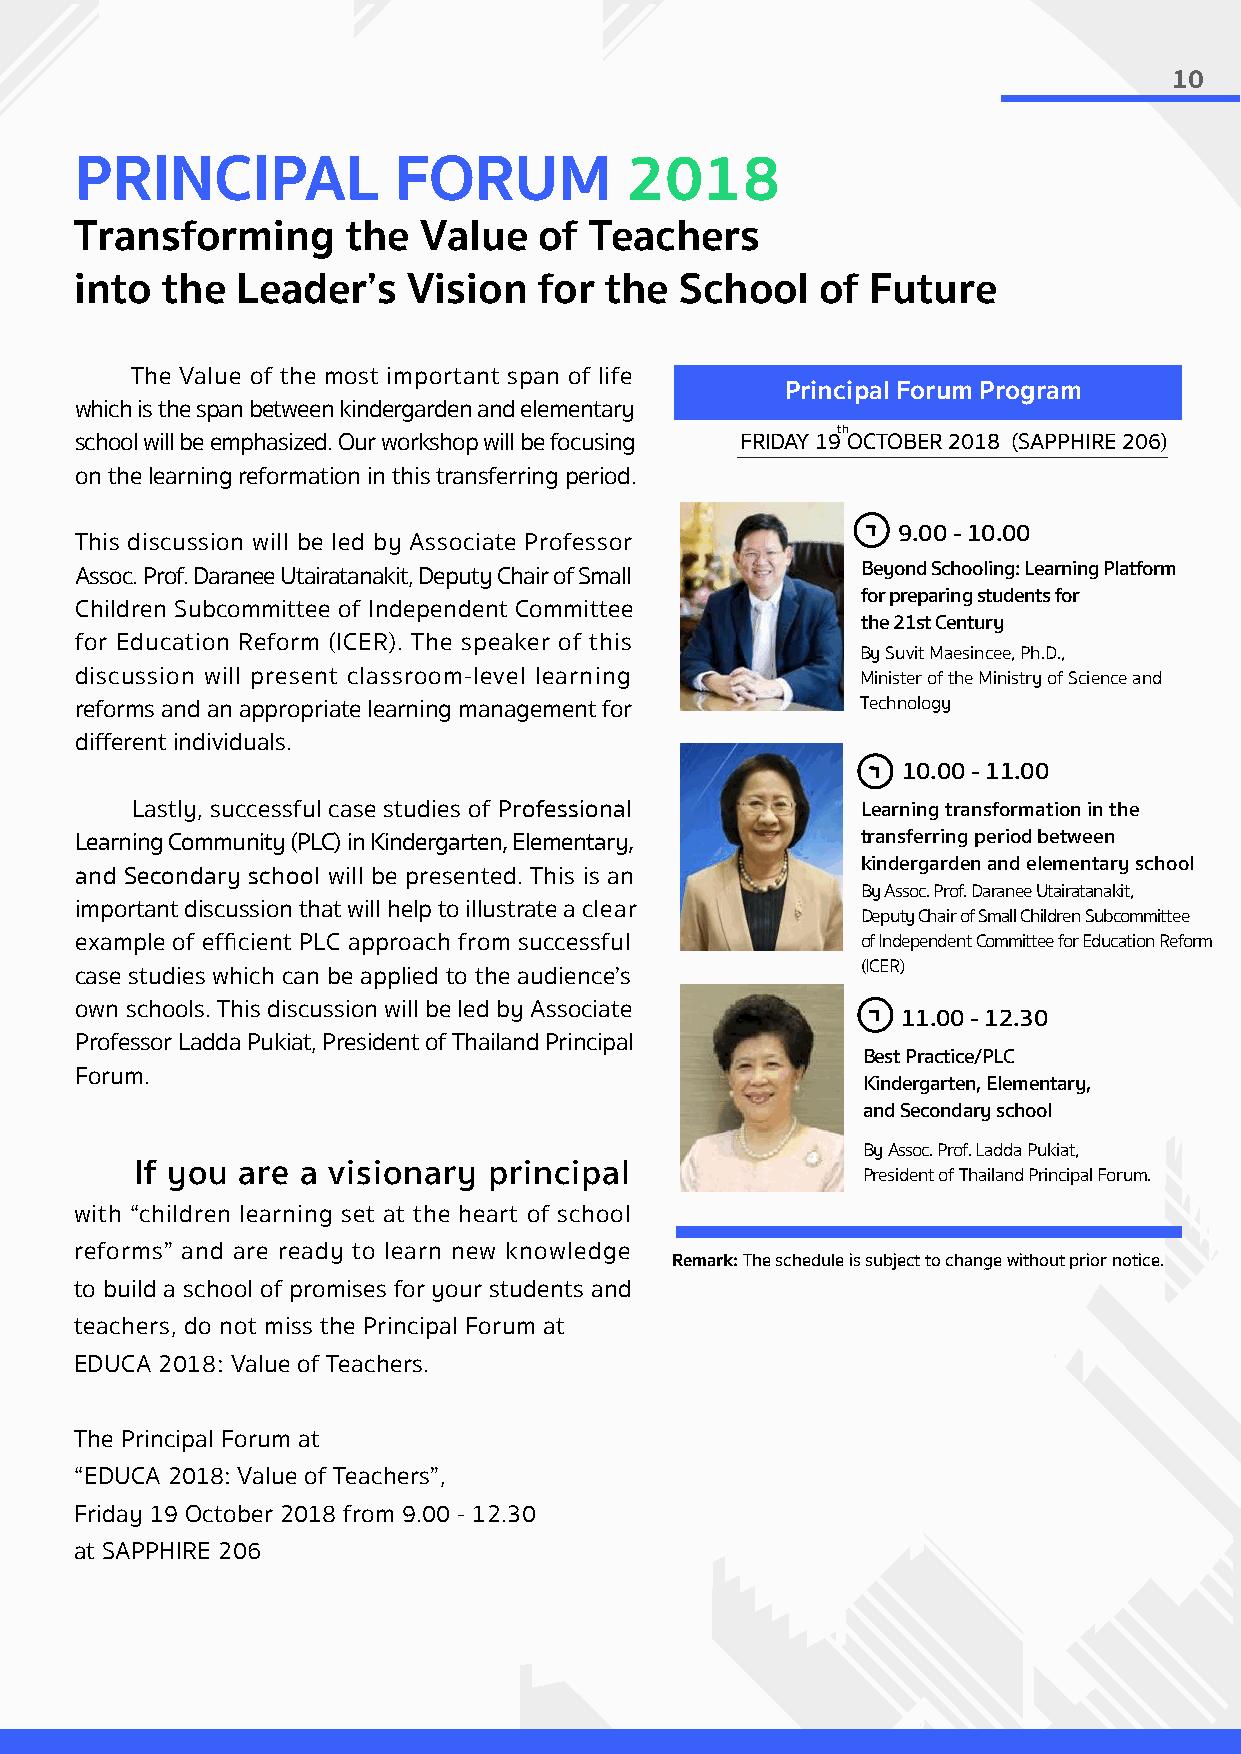
10
 PRINCIPAL            FORUM          2018
 Transforming      the  Value   of Teachers
 into  the  Leader’s   Vision   for the  School   of  Future
 The Value of the most important span of life
 Principal Forum Program
 which is the span between kindergarden and elementary
 th
 school will be emphasized. Our workshop will be focusing FRIDAY 19 OCTOBER 2018 (SAPPHIRE 206)
 on the learning reformation in this transferring period.
 9.00 - 10.00
 This discussion will be led by Associate Professor
 Assoc. Prof. Daranee Utairatanakit, Deputy Chair of Small Beyond Schooling: Learning Platform
 for preparing students for
 Children Subcommittee of Independent Committee
 the 21st Century
 for Education Reform (ICER). The speaker of this
 By Suvit Maesincee, Ph.D.,
 discussion will present classroom-level learning    Minister of the Ministry of Science and
 reforms and an appropriate learning management for  Technology
 different individuals.
 10.00 - 11.00
 Lastly, successful case studies of Professional Learning transformation in the
 Learning Community (PLC) in Kindergarten, Elementary, transferring period between
 kindergarden and elementary school
 and Secondary school will be presented. This is an
 By Assoc. Prof. Daranee Utairatanakit,
 important discussion that will help to illustrate a clear
 Deputy Chair of Small Children Subcommittee
 example of efficient PLC approach from successful   of Independent Committee for Education Reform
 (ICER)
 case studies which can be applied to the audience’s
 own schools. This discussion will be led by Associate
 11.00 - 12.30
 Professor Ladda Pukiat, President of Thailand Principal
 Best Practice/PLC
 Forum.
 Kindergarten, Elementary,
 and Secondary school
 By Assoc. Prof. Ladda Pukiat,
 If you are a visionary principal                President of Thailand Principal Forum.
 with “children learning set at the heart of school
 reforms” and are ready to learn new knowledge
 Remark: The schedule is subject to change without prior notice.
 to build a school of promises for your students and
 teachers, do not miss the Principal Forum at
 EDUCA 2018: Value of Teachers.
 The Principal Forum at
 “EDUCA 2018: Value of Teachers”,
 Friday 19 October 2018 from 9.00 - 12.30
 at SAPPHIRE 206